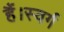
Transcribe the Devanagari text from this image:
हैं।स्वर्ग